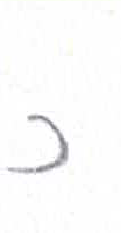
אות: כ